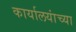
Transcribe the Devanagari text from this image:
कार्यालयांच्या